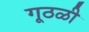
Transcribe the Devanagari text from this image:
गूठळी